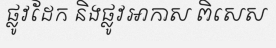
ផ្លូវដែក និងផ្លូវអាកាស ពិសេស